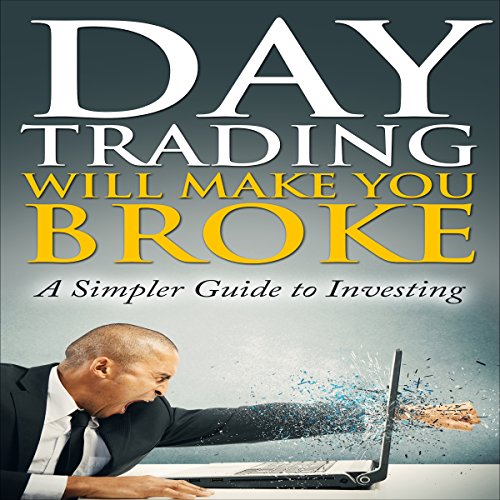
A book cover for Day Trading Will Make You Broke: A Simpler Guide to Investing; Mathew Wilt; Business & Money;